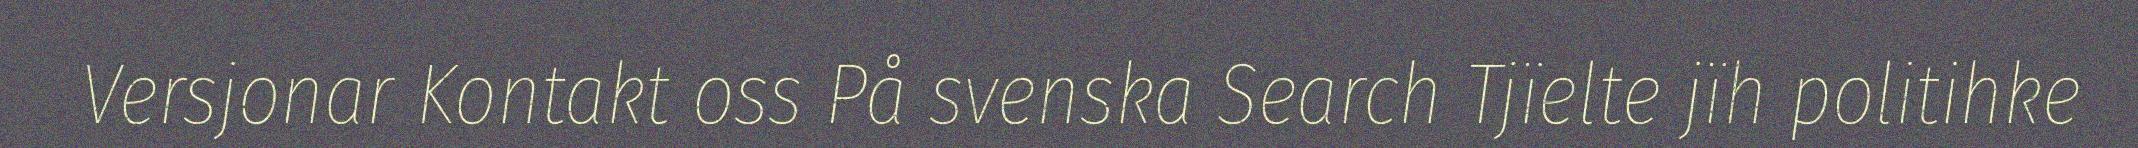
Versjonar Kontakt oss På svenska Search Tjïelte jïh politihke